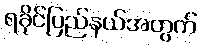
ရခိုင်ပြည်နယ်အတွက်